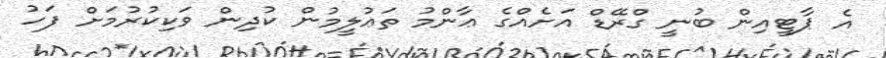
އެ ޕާޓީއިން ބުނީ ގްރޭޑް އަށެއްގެ ޢާންމު ތަޢުލީމުން ކުދިން ވަކިކުރުމަށް ފަހު